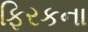
ફિરકના